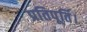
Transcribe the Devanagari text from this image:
प्रतिपूर्ति।